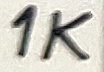
Text: 1K